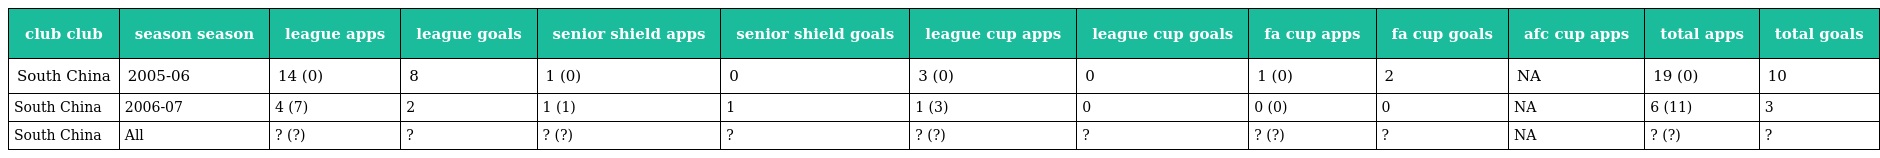
| club club | season season | league apps | league goals | senior shield apps | senior shield goals | league cup apps | league cup goals | fa cup apps | fa cup goals | afc cup apps | total apps | total goals |
 | --- | --- | --- | --- | --- | --- | --- | --- | --- | --- | --- | --- | --- |
 | South China | 2005-06 | 14 (0) | 8 | 1 (0) | 0 | 3 (0) | 0 | 1 (0) | 2 | NA | 19 (0) | 10 |
 | South China | 2006-07 | 4 (7) | 2 | 1 (1) | 1 | 1 (3) | 0 | 0 (0) | 0 | NA | 6 (11) | 3 |
 | South China | All | ? (?) | ? | ? (?) | ? | ? (?) | ? | ? (?) | ? | NA | ? (?) | ? |